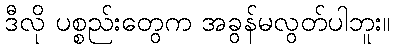
ဒီလို ပစ္စည်းတွေက အခွန်မလွတ်ပါဘူး။